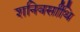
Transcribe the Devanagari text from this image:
शनिवर्सांथि